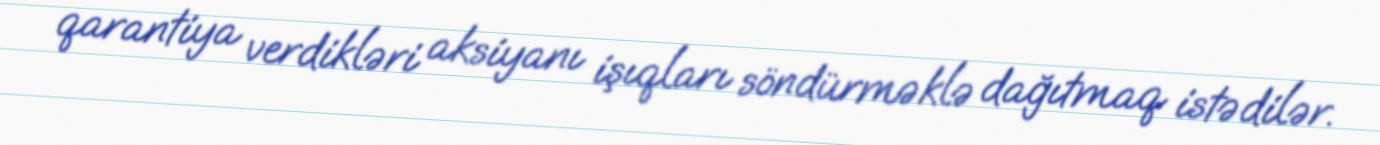
qarantiya verdikləri aksiyanı işıqları söndürməklə dağıtmaq istədilər.